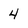
Character: 4